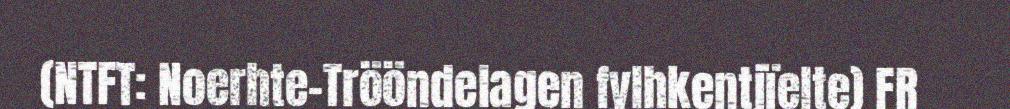
(NTFT: Noerhte-Trööndelagen fylhkentjïelte) FR